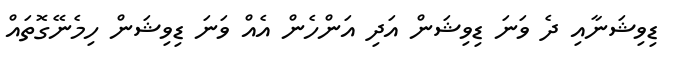
ޑިވިޝަނާއި ދެ ވަނަ ޑިވިޝަން އަދި އަންހެން އެއް ވަނަ ޑިވިޝަން ހިމެނޭގޮތައް